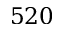
5 2 0